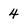
Character: 4